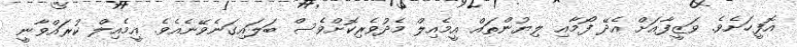
އޮފީހަށެވެ. ވަޒީފާއަށް އެދޭ ފޯމާއި ލިޔުންތައް އީމެއިލް މެދުވެރިކޮށްވެސް ބަލައިގަނެވޭނެއެވެ. އީމެއިލް ކުރައްވާނީ